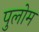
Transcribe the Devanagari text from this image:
पुलोम